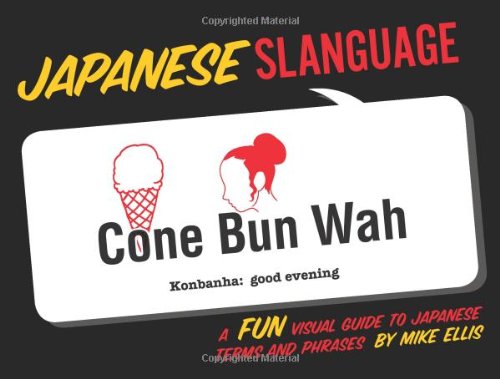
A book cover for Japanese Slanguage: A Fun Visual Guide to Japanese Terms and Phrases (English and Japanese Edition); Mike Ellis; Reference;